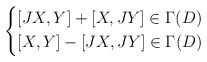
\begin{align*} \left\{ \begin{aligned} &[JX,Y]+[X,JY]\in\Gamma(D)\cr &[X,Y]-[JX,JY]\in\Gamma(D) \end{aligned} \right .\end{align*}